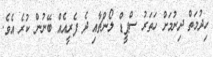
ހިދުމަތް ދިނުމަށް ހަތަރު ސްޕީޑް ލޯންޗާއި ދެ ފެރީއެއް ބޭނުން ކުރެ އެވެ.